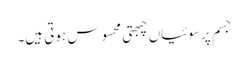
جسم پر سوئیاں چبھتی محسوس ہوتی ہیں۔